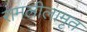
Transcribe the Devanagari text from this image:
रामलीलामृत